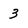
Character: 3